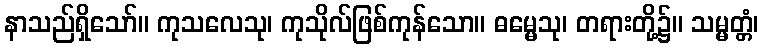
နာသည်ရှိသော်။ ကုသလေသု၊ ကုသိုလ်ဖြစ်ကုန်သော။ ဓမ္မေသု၊ တရားတို့၌။ သမ္မတ္တံ၊